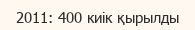
2011: 400 киік қырылды